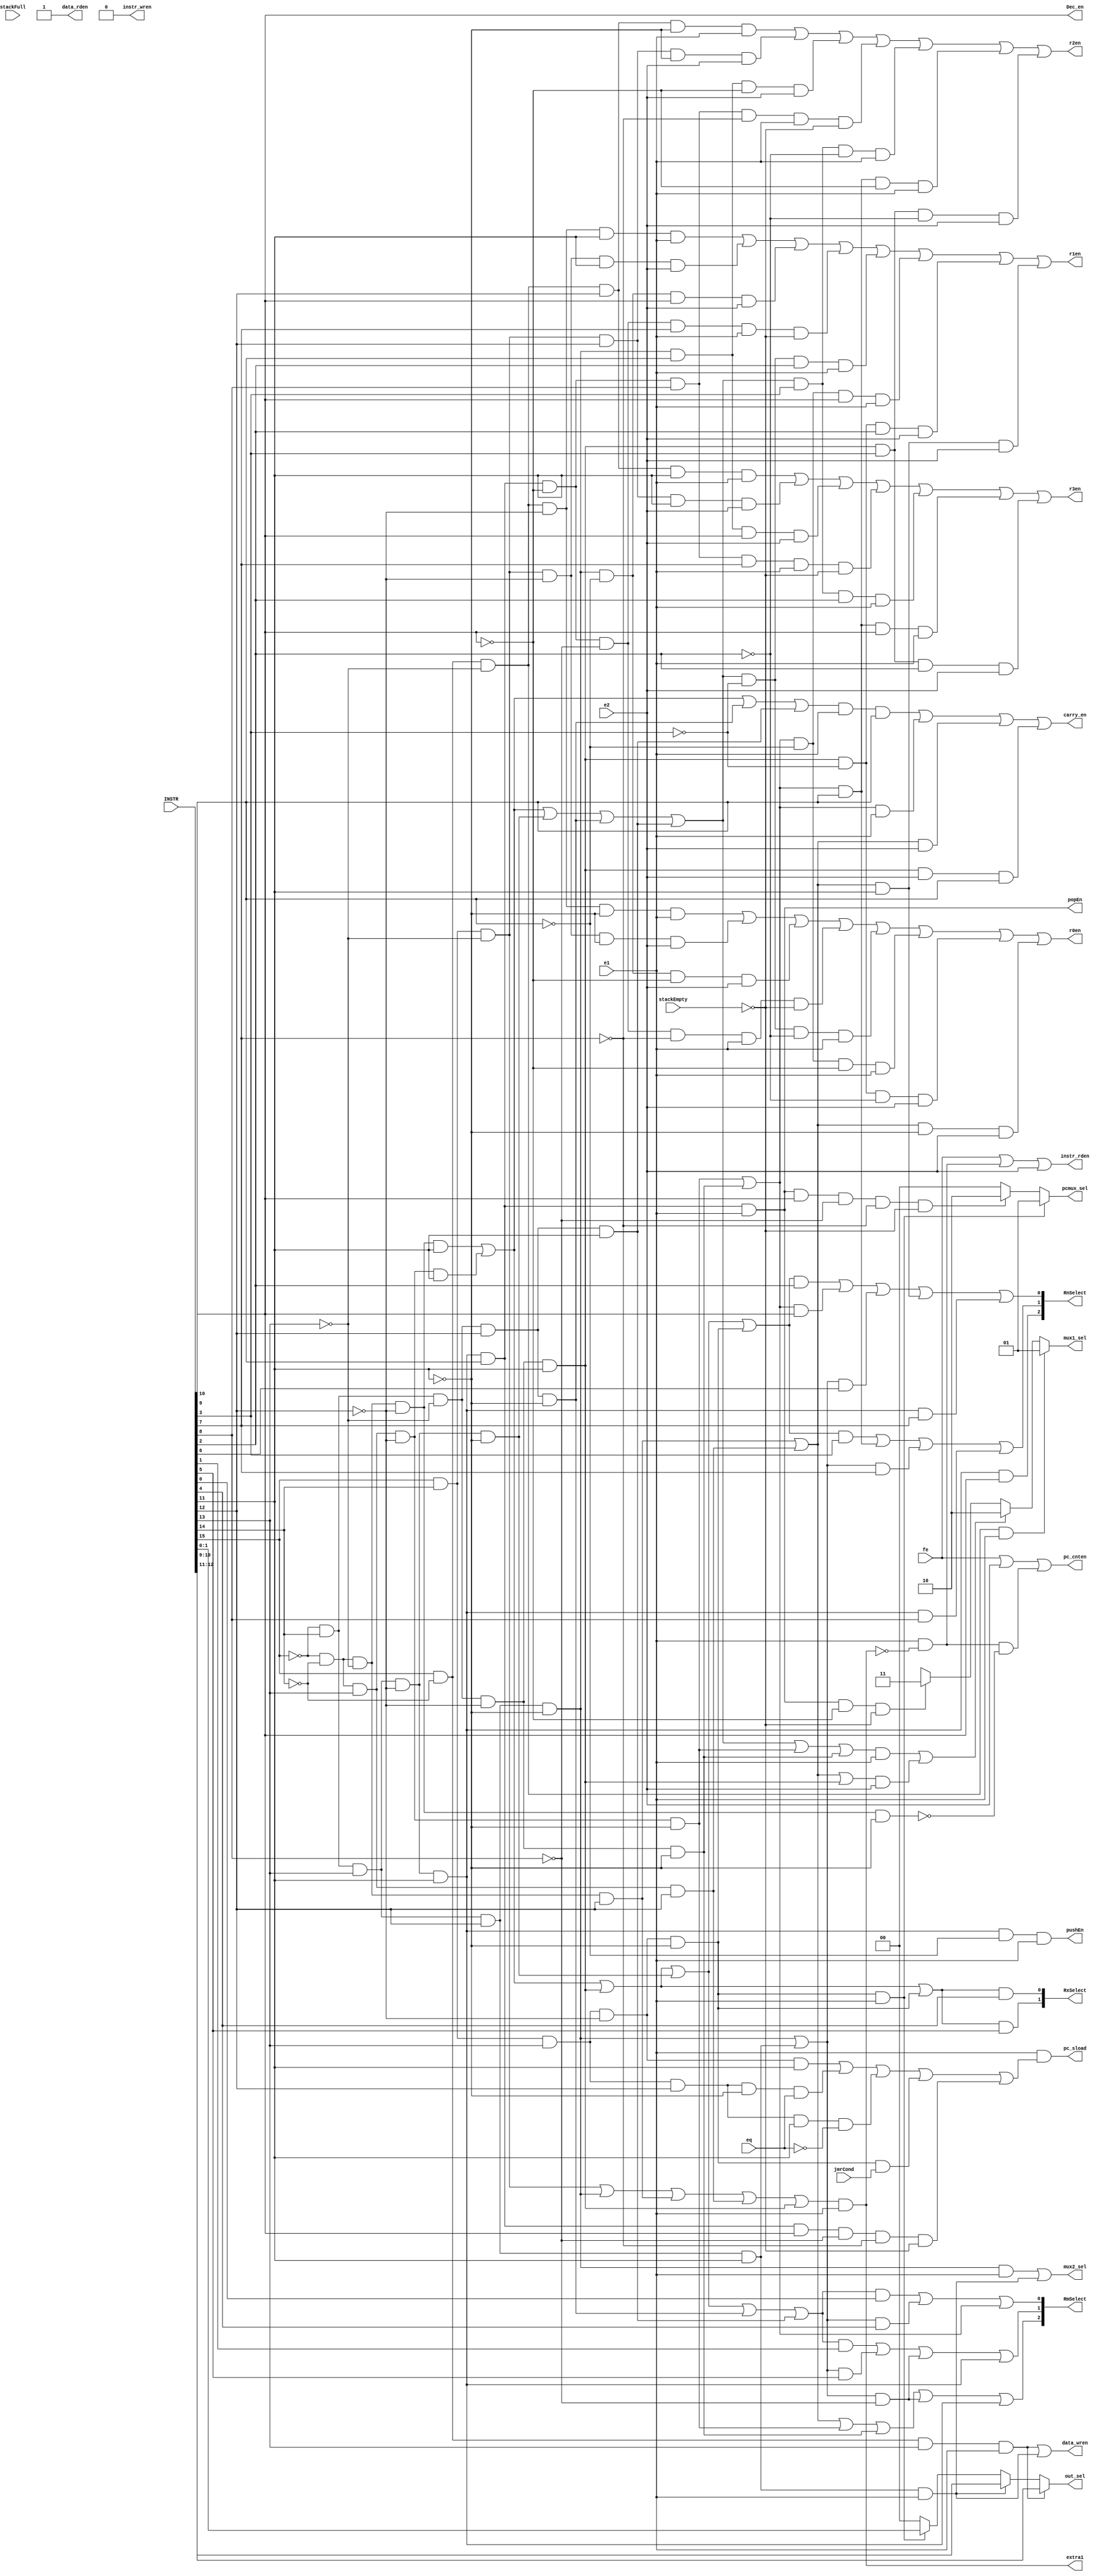
module Decoder_MultiplierPipelined(
	input [15:0] INSTR,
	output reg [1:0]out_sel,
	
	input fe, e1, e2, eq, stackFull, stackEmpty, jmrCond,
	
	output  instr_wren, instr_rden, 
	output data_wren, data_rden, 
	output pc_sload, pc_cnten, 
	output r0en, r1en, r2en, r3en, 
	output extra1,
	
	output carry_en,
	
	output reg [1:0] mux1_sel, 
	output mux2_sel,
	output reg[1:0] pcmux_sel,
	
	output pushEn, popEn, Dec_en,
	
	output [2:0] RnSelect, output [2:0] RmSelect, output [1:0] RxSelect
	
	);



wire A, B,C, D, E, F, G, H, I, J, K, L, M, N, O, P;

assign A = INSTR[15];
assign B = INSTR[14];
assign C = INSTR[13];
assign D = INSTR[12];
assign E = INSTR[11];
assign F = INSTR[10];
assign G = INSTR[9];
assign H = INSTR[8];
assign I = INSTR[7];
assign J = INSTR[6];
assign K = INSTR[5];
assign L = INSTR[4];
assign M = INSTR[3];
assign N = INSTR[2];
assign O = INSTR[1];
assign P = INSTR[0];


wire stp, adr, adm, adi, sbr, sbm, sbi, mlr, xsl, xsr, bbo, stk, ldr, sti, ldi, sta, lda, jmr, jmp, jeq, jnq;

assign stp = ~A & ~B & ~C & ~D & ~E;

assign adr = ~A & ~B & ~C & ~D &  E; 
assign adm = ~A & ~B & ~C &  D;
assign adi = ~A & ~B &  C & ~D & ~E;
assign sbr = ~A & ~B &  C & ~D &  E;
assign sbm = ~A & ~B &  C &  D;
assign sbi = ~A &  B & ~C & ~D & ~E;    
assign mlr = ~A &  B & ~C & ~D &  E;
assign xsl = ~A &  B & ~C &  D & ~E; 
assign xsr = ~A &  B & ~C &  D &  E;
assign bbo = ~A &  B &  C & ~D & ~E;

assign stk = ~A &  B &  C & ~D &  E;
assign ldr = ~A &  B &  C &  D & ~E;
assign sti = ~A &  B &  C &  D &  E;
assign ldi =  A & ~B & ~C;
assign sta =  A & ~B &  C;
assign lda =  A &  B & ~C;

assign jmr =  A &  B &  C & ~D & ~E;
assign jmp =  A &  B &  C & ~D &  E;
assign jeq =  A &  B &  C &  D & ~E;
assign jnq =  A &  B &  C &  D &  E;

wire psh, pop;

assign psh = stk & ~F;
assign pop = stk & F;

assign extra1 = (lda|ldr|adm|sbm|mlr)&e1;

assign pc_cnten = (fe|e2)|(e1 & ~extra1 & ~stp);


assign pc_sload = e1 & ((jmp)|(jeq & eq)|(jnq & !eq)|(jmr & jmrCond)|(pop & G & ~H & ~I & !stackEmpty));

assign instr_wren = 0;
assign instr_rden = fe|(e1&~extra1)|e2;

assign data_wren = (sta&e1)|(sti&e1);
assign data_rden = 1;

assign r0en = (ldi & ~D & ~E & e1) | (lda & ~D & ~E & e2) | (ldr & ~F & ~G & e2) | (pop & ~G & ~H & ~I & e1 & !stackEmpty) | ((adr|sbr|bbo|xsl|xsr) & ~M & ~N & e1) | ((adi|sbi) & ~F & ~G & e1) | (mlr & ~M & ~N & e2) |((adm|sbm) & ~E & e2);
assign r1en = (ldi & ~D &  E & e1) | (lda & ~D &  E & e2) | (ldr & ~F &  G & e2) | (pop & ~G & ~H &  I & e1 & !stackEmpty) | ((adr|sbr|bbo|xsl|xsr) & ~M &  N & e1) | ((adi|sbi) & ~F &  G & e1) | (mlr & ~M &  N & e2) |((adm|sbm) &  E & e2);
assign r2en = (ldi &  D & ~E & e1) | (lda &  D & ~E & e2) | (ldr &  F & ~G & e2) | (pop & ~G &  H & ~I & e1 & !stackEmpty) | ((adr|sbr|bbo|xsl|xsr) &  M & ~N & e1) | ((adi|sbi) &  F & ~G & e1) | (mlr &  M & ~N & e2);
assign r3en = (ldi &  D &  E & e1) | (lda &  D &  E & e2) | (ldr &  F &  G & e2) | (pop & ~G &  H &  I & e1 & !stackEmpty) | ((adr|sbr|bbo|xsl|xsr) &  M &  N & e1) | ((adi|sbi) &  F &  G & e1) | (mlr &  M &  N & e2);


//assign mux1_sel = (ldi&e1);
assign mux2_sel = (ldr&e1)|(sti&e1);


assign carry_en = ((adr|sbr|xsl|xsr) & e1 & F) | ((adi|sbi) & e1) | ((adm|sbm) & e2) | (mlr & e2 & F);

assign pushEn = (psh & e1);
assign popEn = (pop & e1);

assign Dec_en=G;

assign RnSelect[2] = stk&G;
assign RnSelect[1] = ((adr|sbr|mlr|bbo|jmr)&M)|((adi|sbi)&F)|((ldr|sti)&I)|stk&H;
assign RnSelect[0] = ((adr|sbr|mlr|bbo|jmr)&N)|((adi|sbi)&G)|((ldr|sti)&J)|((adm|sbm)&E)|stk&I;

assign RmSelect[2] = (adm|sbm|adi|sbi)|((ldr|sti)&~H)|stk;
assign RmSelect[1] = ((adr|sbr|mlr|bbo|xsl|xsr)&O)|((ldr|sti)&K)|((ldr|sti)&~H)|stk;
assign RmSelect[0] = ((adr|sbr|mlr|bbo|xsl|xsr)&P)|((ldr|sti)&L)|(adi|sbi);

assign RxSelect[1] = ((adr|sbr|mlr|jmr)&K);
assign RxSelect[0] = ((adr|sbr|mlr|jmr)&L);

always @(*)
	if (ldi&e1)
		mux1_sel[1:0] = 2'b01;
	else if (((adr|sbr|bbo|xsl|xsr|adi|sbi)&e1)|((adm|sbm|mlr)&e2))
		mux1_sel[1:0] = 2'b10;
	else if (pop & e1 & ~G & !stackEmpty)
		mux1_sel[1:0] = 2'b11;
	else 
		mux1_sel[1:0] = 2'bX;

	
always @(*)
	if (sta&e1)
		out_sel[1:0] = INSTR[12:11];
	else if (sti&e1)
		out_sel[1:0] = INSTR[10:9];
	else if (jmr&e1)
		out_sel[1:0] = INSTR[1:0];
	else 
		out_sel[1:0] = 2'b0;


always @(*)
	if (jmr & e1) 
		pcmux_sel[1:0] = 2'b01;
	else if (pop & e1 & G & ~H & ~I & !stackEmpty)
		pcmux_sel[1:0] = 2'b10;
	else 
		pcmux_sel[1:0] = 2'b00;



endmodule